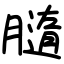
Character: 膸